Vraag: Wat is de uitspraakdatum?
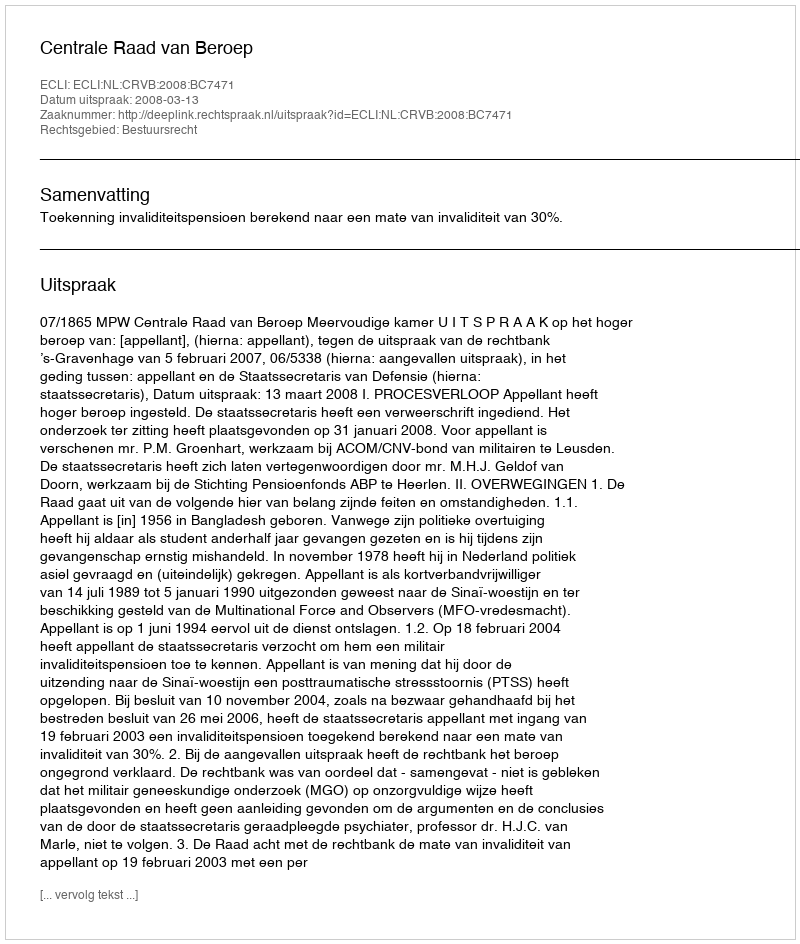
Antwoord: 2008-03-13